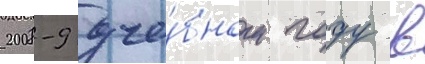
2008-9 уче́бном году в